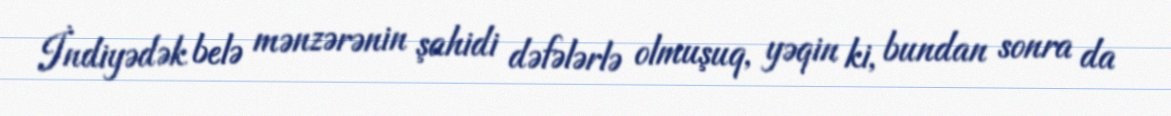
İndiyədək belə mənzərənin şahidi dəfələrlə olmuşuq, yəqin ki, bundan sonra da